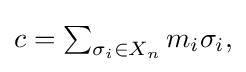
{\textstyle c=\sum _{\sigma _{i}\in X_{n}}m_{i}\sigma _{i},}